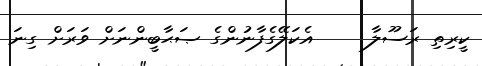
ކީރިތި ރަސޫލާ     އެކަލޭގެފާނުންގެ ޞަޙާބީންނަށް ވަރަށް ގިނަ